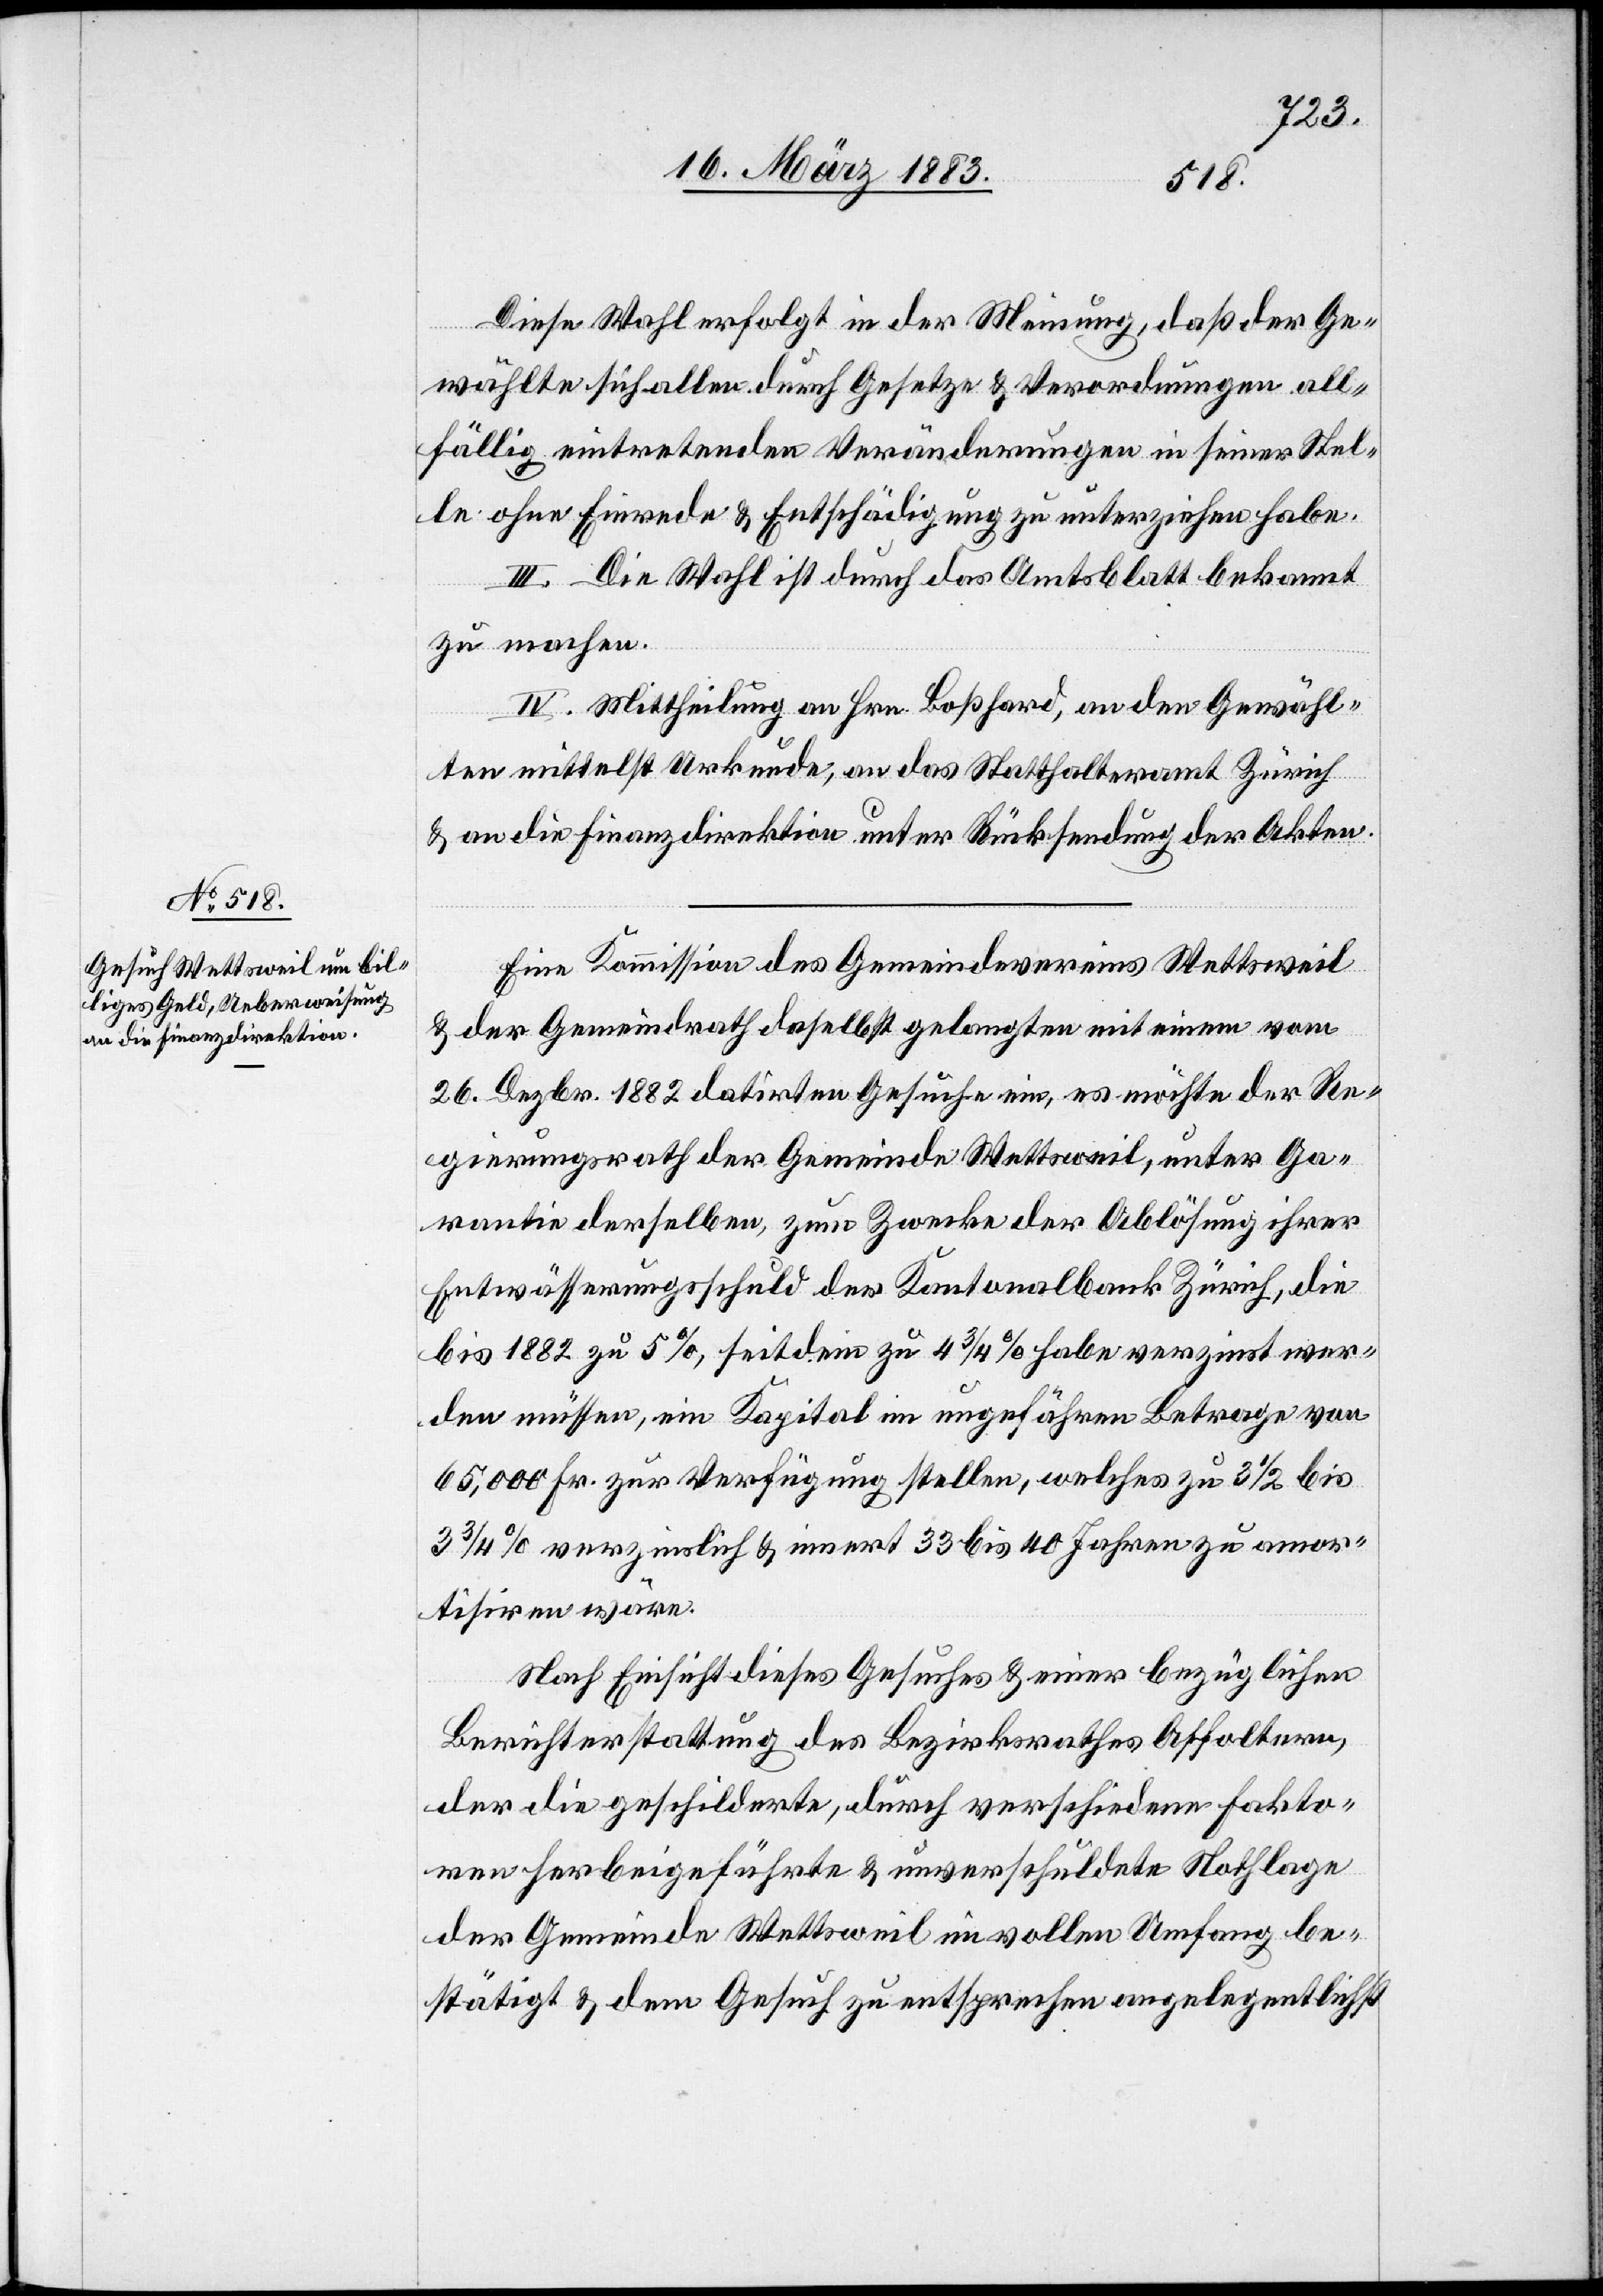
Parpan.
1. Mai 1883
Med.